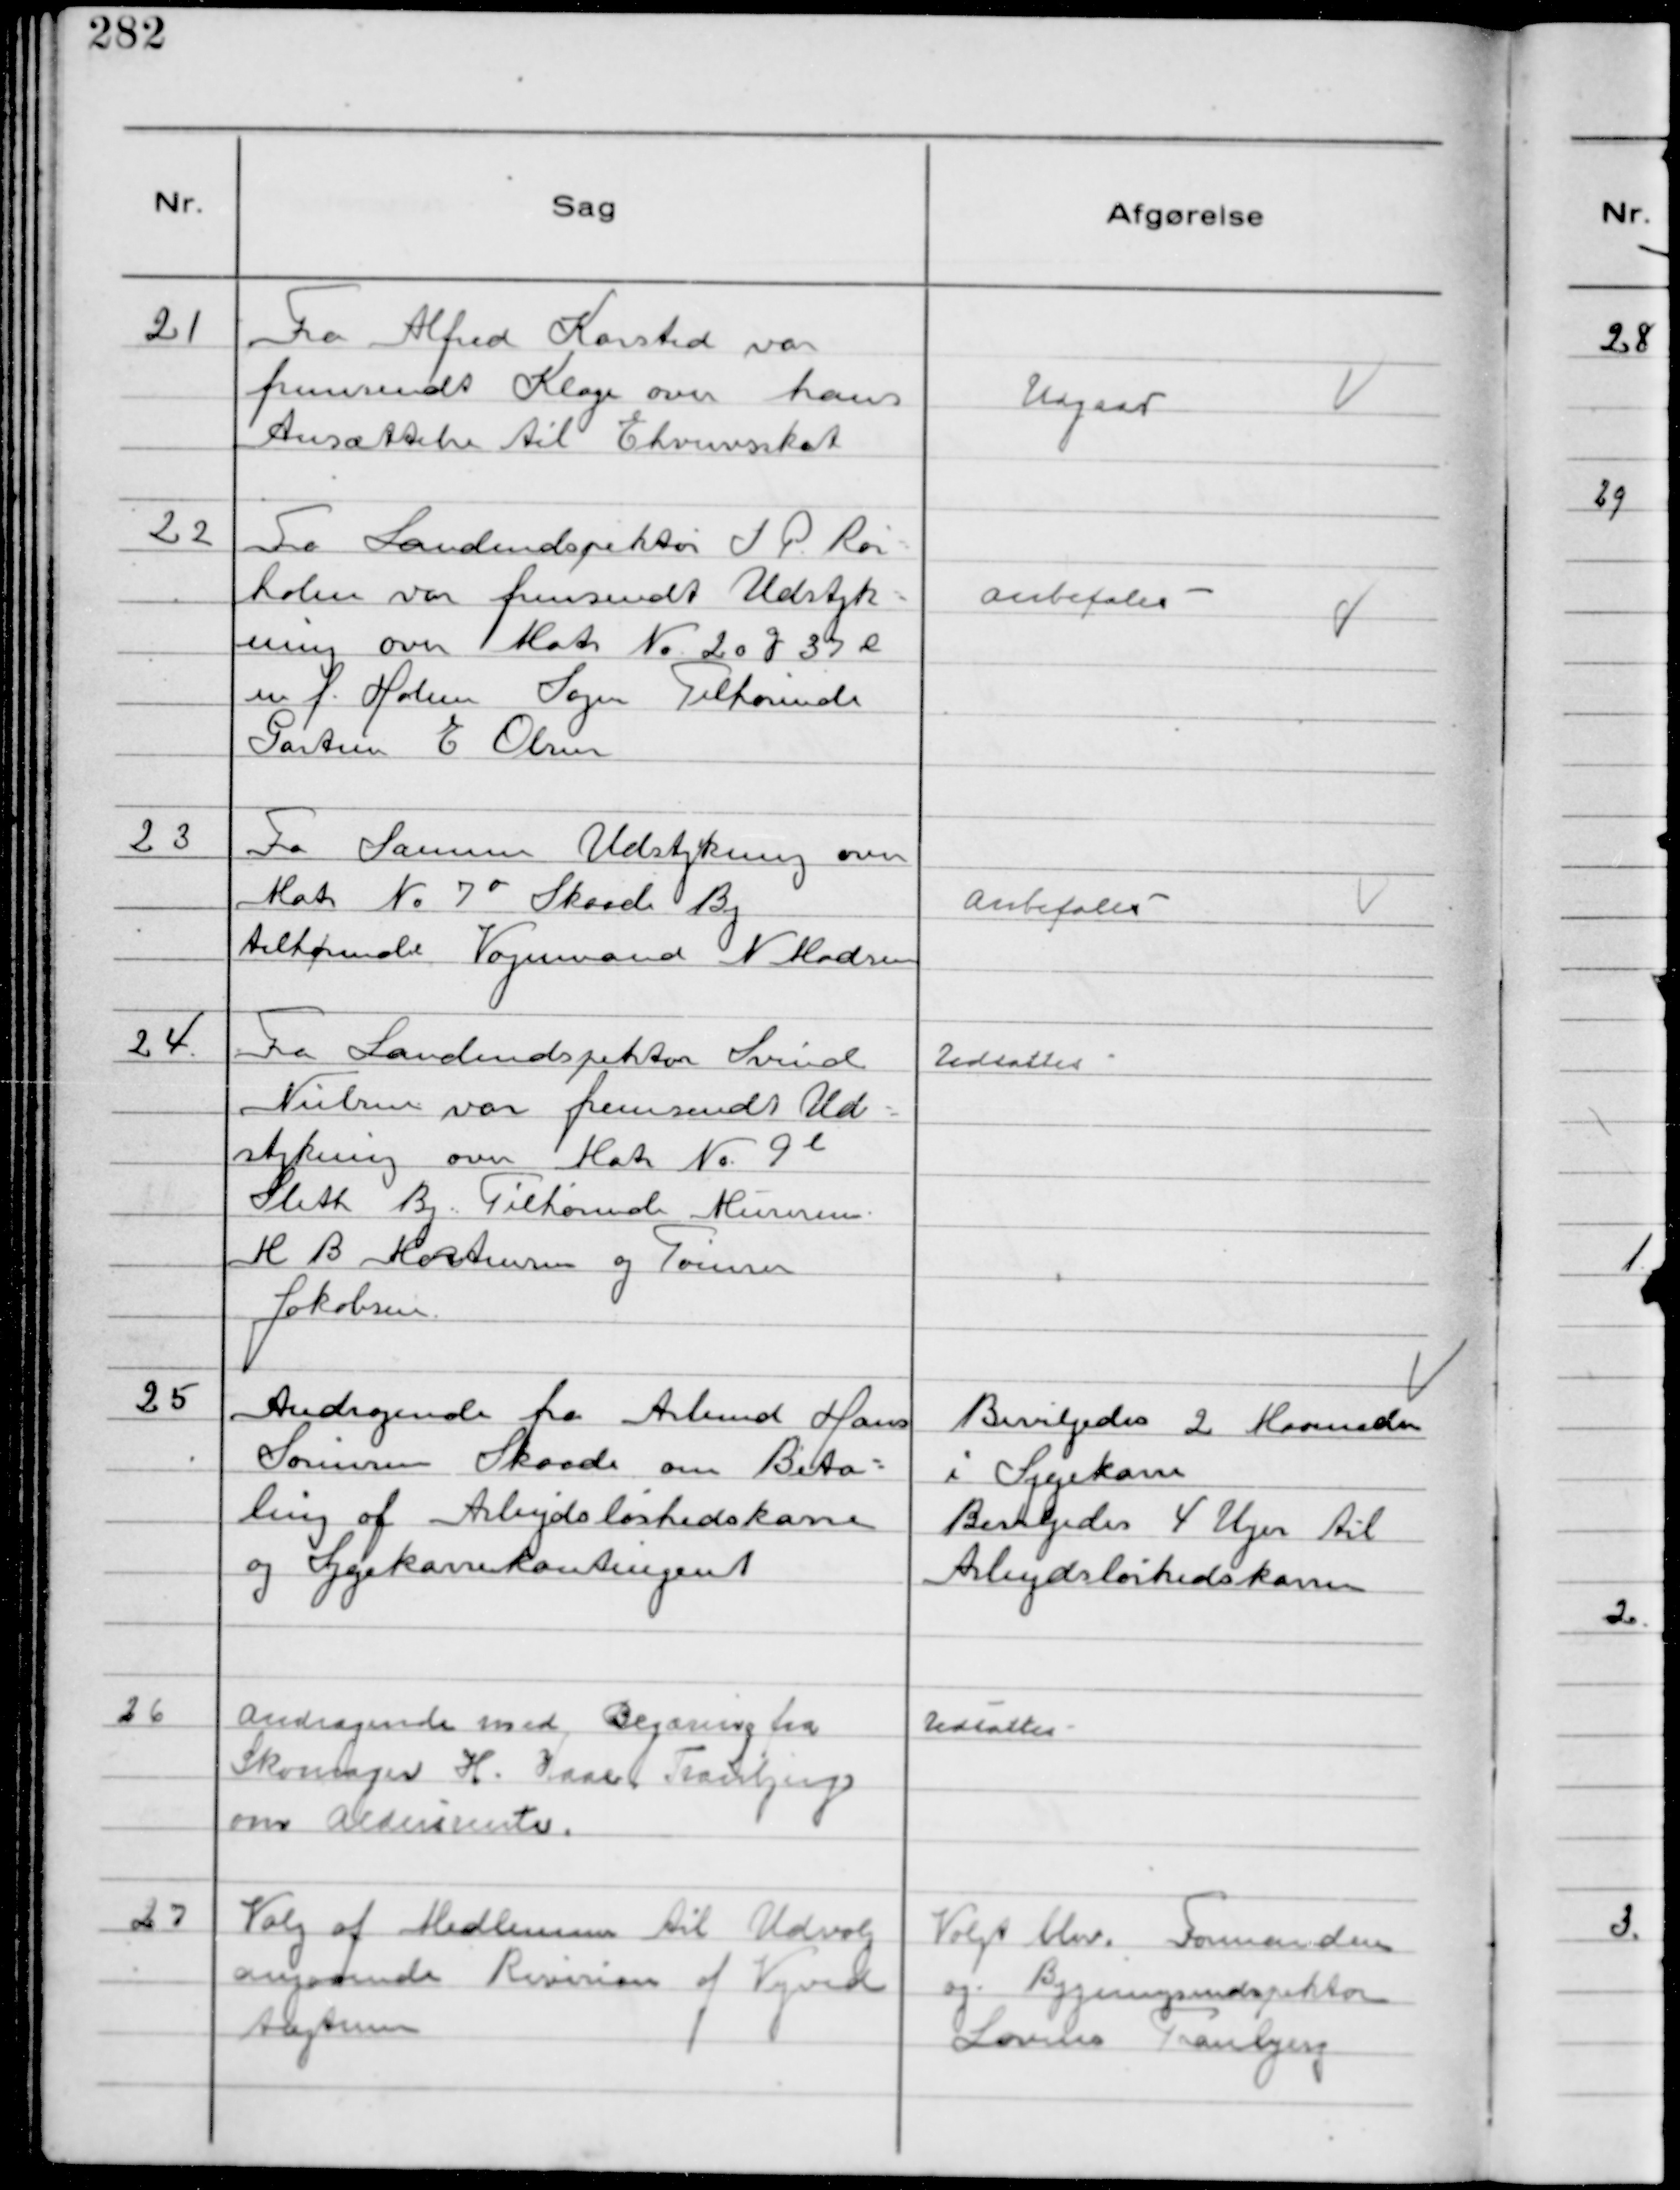
Transskription:
21
Fra Alfred Karsted var
fremsendt Klage over hans
Ansættelse til Erhvervsskat

Udgaar

22
Fra Landindspektør J P Rør-
holm var fremsendt Udstyk-
ning over Matr № 20 g 37 l
m f. Holme Sogn Tilhørende
Gartner E Olsen

Anbefales

23
Fra Samme Udstykning over
Matr № 7 o Skaade By
tilhørende Vognmand N Madsen

Anbefales

24.
Fra Landindspektør Svend
Nielsen var fremsendt Ud-
stykning over Matr № 9 l
Sleth By. Tilhørende Murerm.
M B Mortensen og Tømrer
Jakobsen.

Udsattes

25
Andragende fra Arbmd Hans
Sørensen Skaade om Beta-
ling af Arbejdsløshedskasse
og Sygekassekontigent

Bevilgedes 2 Maaneder
i Sygekasse
Bevilgedes 4 Uger til
Arbejdsløshedskassen

26
Andragende med Begæring fra
Skomager H. Kaae Tranbjerg
om Aldersrente.

Udsattes

27
Valg af Medlemmer til Udvalg
angaaende Revision af Vejved
tægterne

Valgt blev Formanden
og Bygningsindspektør
Lovins Tranbjerg